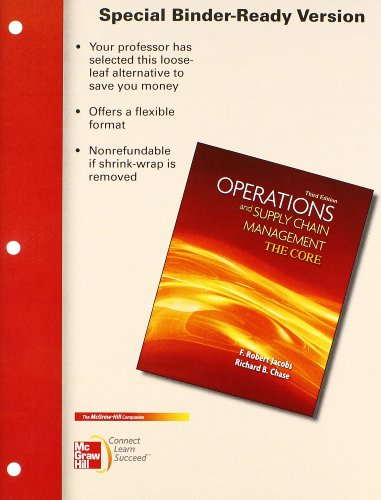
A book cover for Loose Leaf Operations & Supply Chain Management: The Core with Connect Access Card; F. Robert Jacobs; Business & Money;